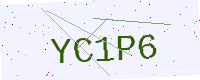
Text: YC1P6